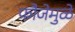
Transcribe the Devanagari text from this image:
फौजेमुळे